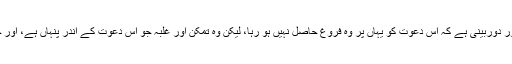
کس قدر وژن ہے، کیسی بصیرت و بصارت ہے، کس قدر دُوراندیشی اور دُوربینی ہے کہ اس دعوت کو یہاں پر وہ فروغ حاصل نہیں ہو رہا، لیکن وہ تمکن اور غلبہ جو اس دعوت کے اندر پنہاں ہے، اور حالات کی بہتری اسی وقت ہاتھ آئے گی جب یہ دعوت غالب آجائے گی۔